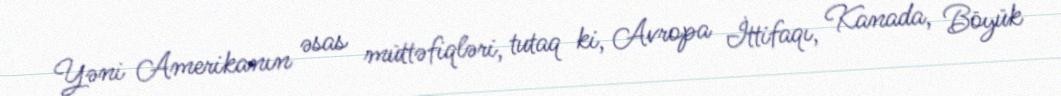
Yəni Amerikanın əsas müttəfiqləri, tutaq ki, Avropa İttifaqı, Kanada, Böyük